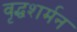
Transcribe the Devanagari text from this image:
वृद्धशर्मन